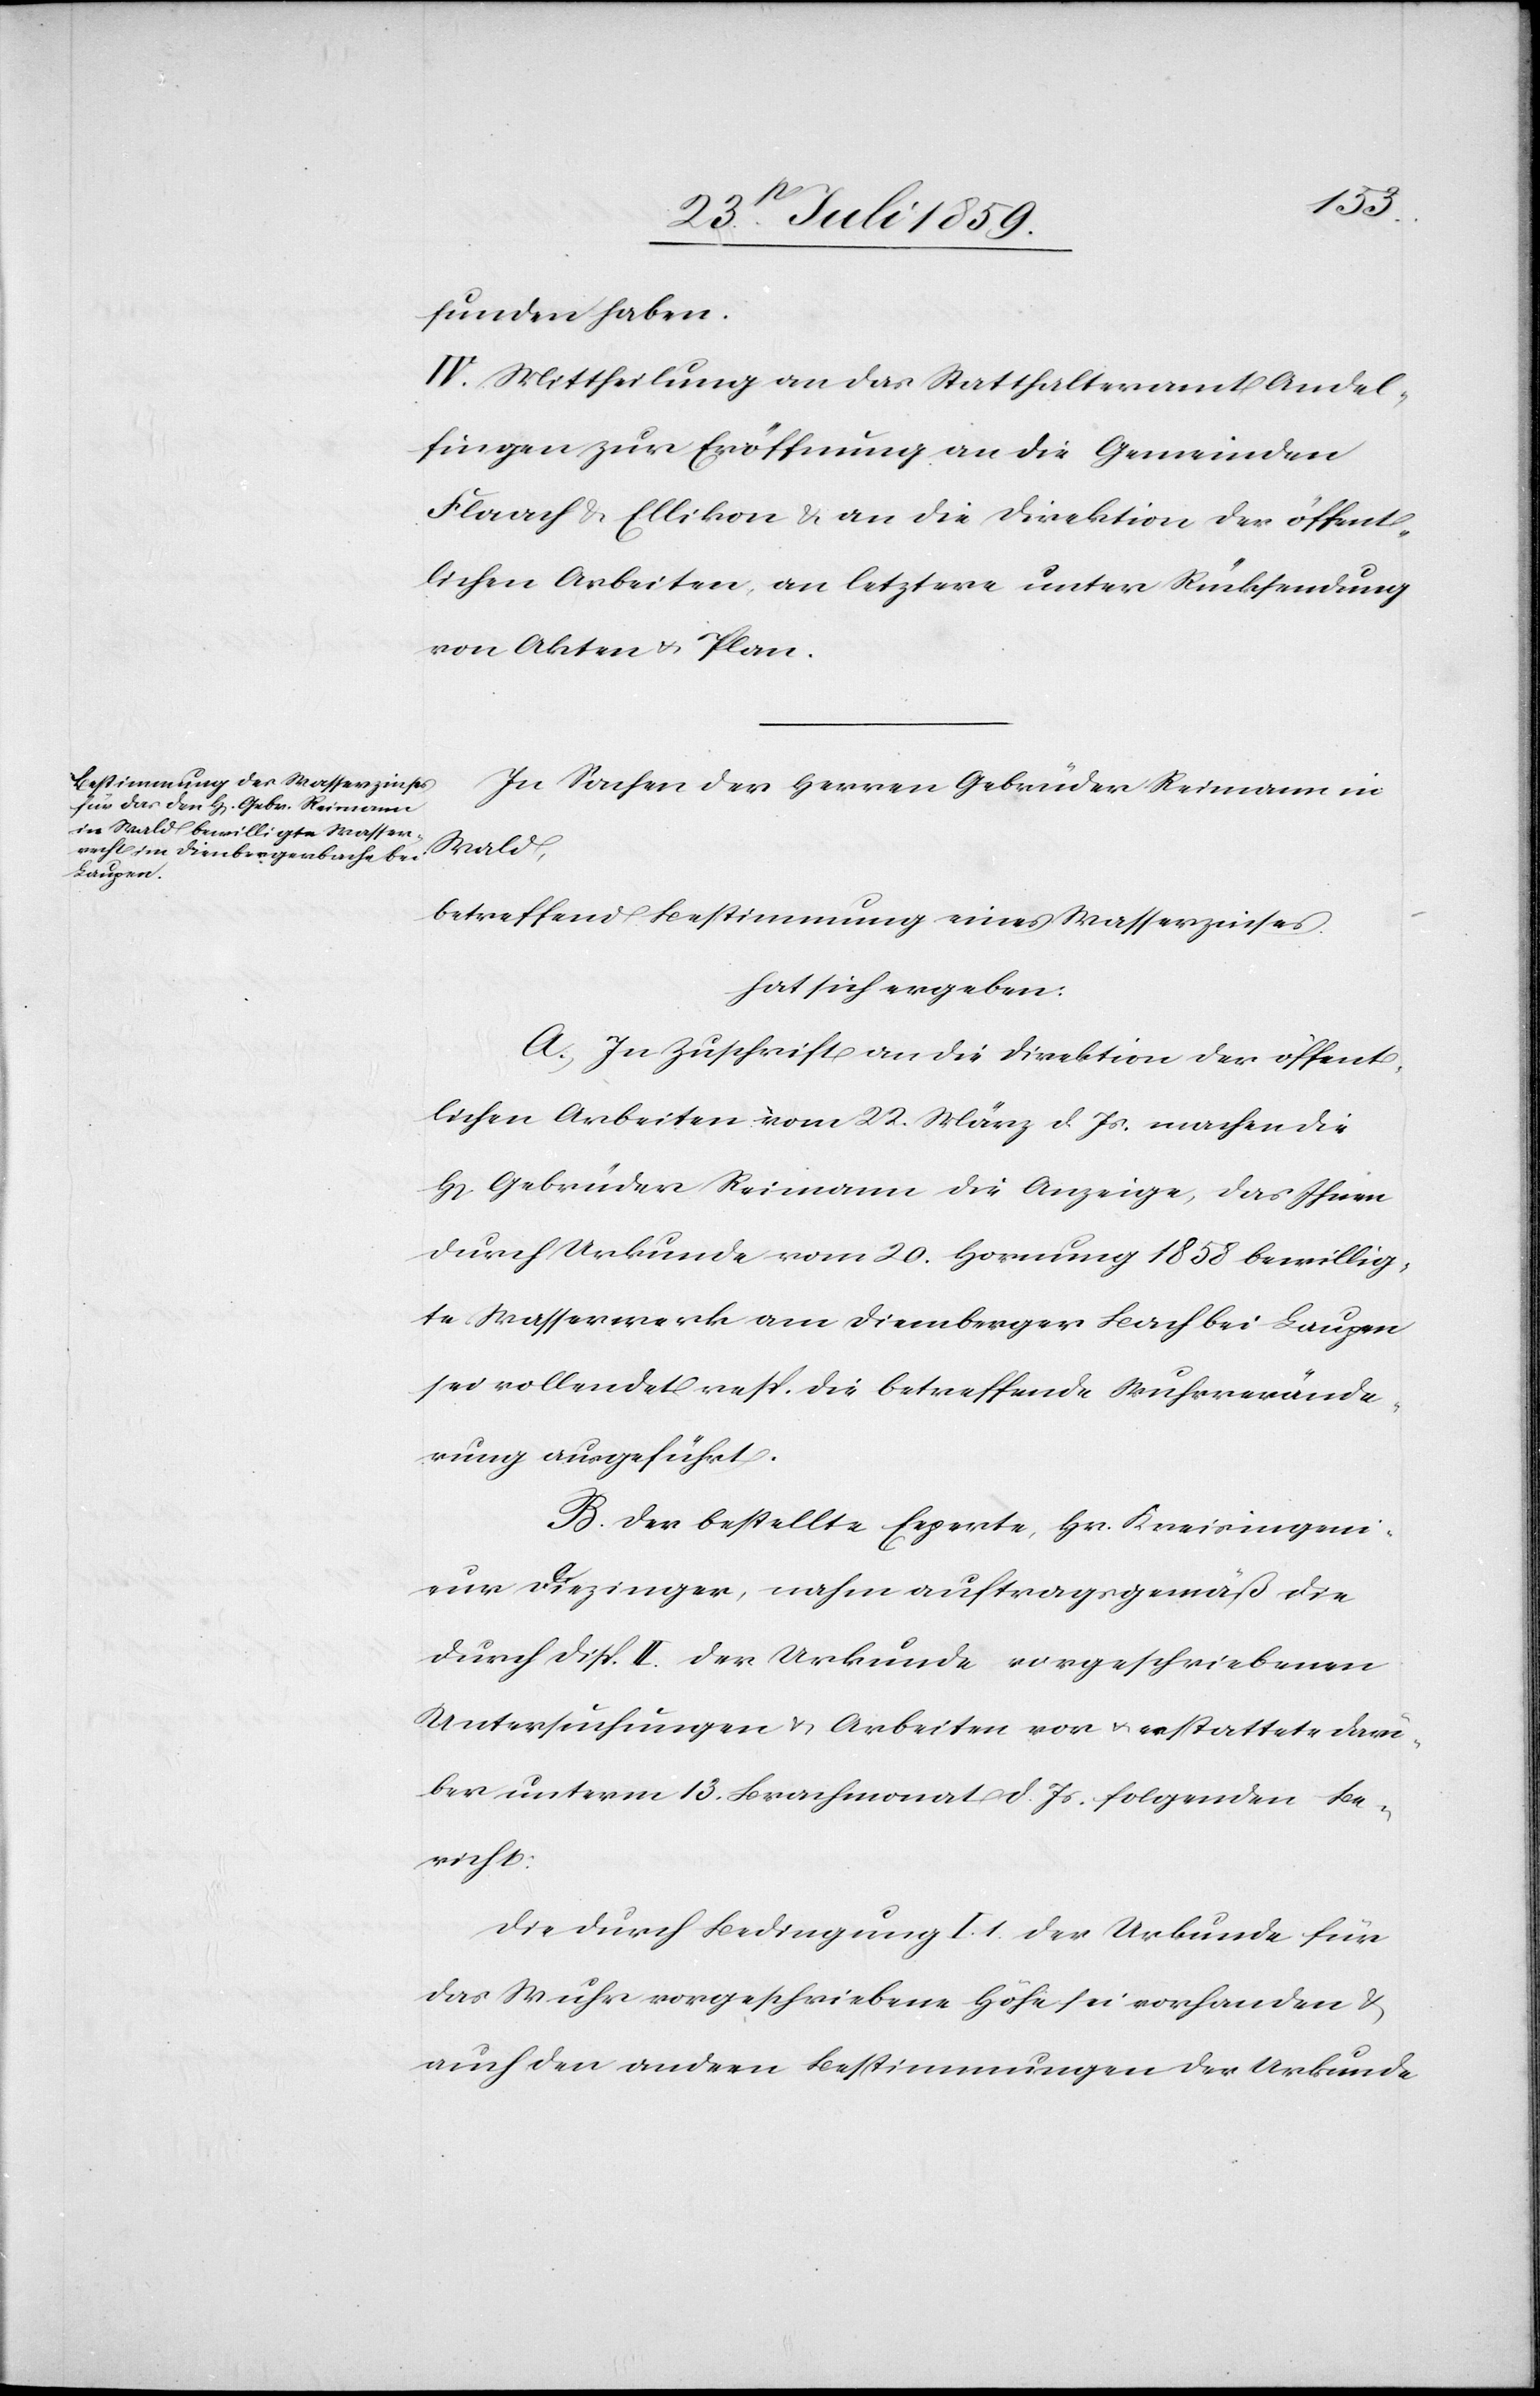
funden haben.
IV. Mittheilung an das Statthalteramt Andel¬
fingen zur Eröffnung an die Gemeinden
Flaach u. Ellikon u. an die Direktion der öffent¬
lichen Arbeiten, an letztern unter Rücksendung
von Akten u. Plan.
In Sachen der Herren Gebrüder Reimann in
Wald,
betreffend Bestimmung eines Wasserzinses.
hat sich ergeben:
A. In Zuschrift an die Direktion der öffent¬
lichen Arbeiten vom 22. März d. Js. machen die
H[erren] Gebrüder Reimann die Anzeige, das Ihnen
durch Urkunde vom 20. Hornung 1858 bewillig¬
te Wasserwerk am Diemberger Bach bei Laupen
sei vollendet resp. die betreffende Wuhrverände¬
rung ausgeführt.
B. Der bestellte Experte, Hr. Kreisingeni¬
eur Diezinger, nahm auftragsgemäß die
durch Disp. II. der Urkunde vorgeschriebenen
Untersuchungen u. Arbeiten vor u. erstattete darü¬
ber unterm 13. Brachmonat d. Js. folgenden Be¬
richt:
Die durch Bedingung I. 1. der Urkunde für
das Wuhr vorgeschriebene Höhe sei vorhanden u.
auch den andern Bestimmungen der Urkunde